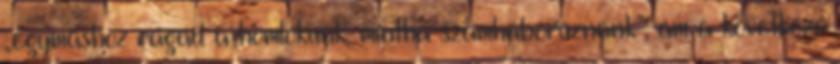
„egymáshoz ragad a homlokunk, mintha számháborúznánk”, ám a következő